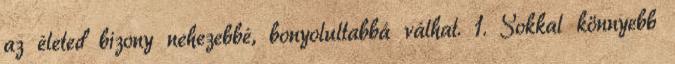
az életed bizony nehezebbé, bonyolultabbá válhat. 1. Sokkal könnyebb